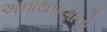
અનાથપણાનો